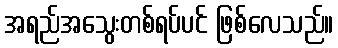
အရည်အသွေးတစ်ရပ်ပင် ဖြစ်လေသည်။